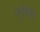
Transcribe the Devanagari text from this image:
फुलेंची